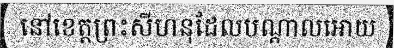
នៅខេត្តព្រះសីហនុដែលបណ្តាលអោយ